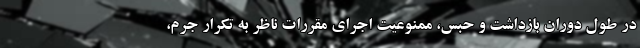
در طول دوران بازداشت و حبس، ممنوعیت اجرای مقررات ناظر به تکرار جرم،